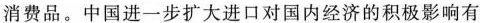
消费品。中国进一步扩大进口对国内经济的积极影响有